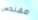
مهندس